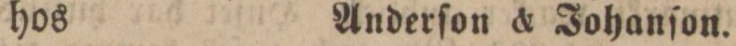
hos    Anderſon & Johanſon.